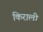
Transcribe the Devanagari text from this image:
किराली